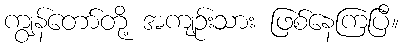
ကျွန်တော်တို့ အကျဉ်းသား ဖြစ်နေကြပြီ။